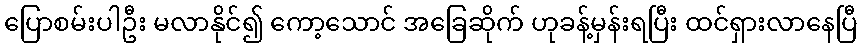
ပြောစမ်းပါဦး မလာနိုင်၍ ကော့သောင် အခြေဆိုက် ဟုခန့်မှန်းရပြီး ထင်ရှားလာနေပြီ